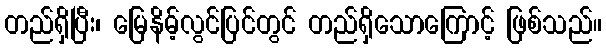
တည်ရှိပြီး၊ မြေနိမ့်လွင်ပြင်တွင် တည်ရှိသောကြောင့် ဖြစ်သည်။